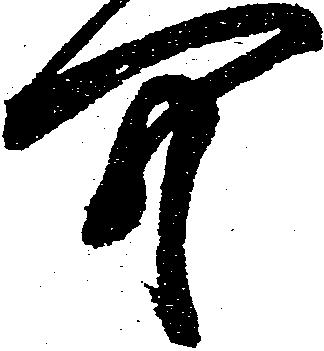
可